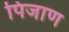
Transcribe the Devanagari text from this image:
पिजाण